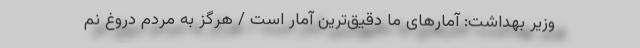
وزیر بهداشت: آمارهای ما دقیق‌ترین آمار است / هرگز به مردم دروغ نم